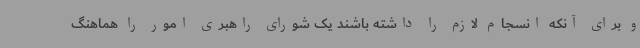
و برای آنکه انسجام لازم را داشته باشند یک شورای راهبری امور را هماهنگ